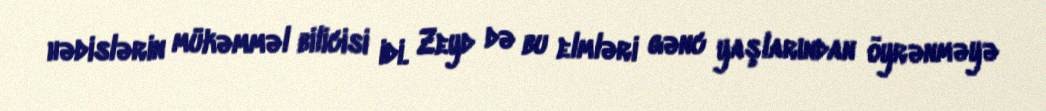
hədislərin mükəmməl bilicisi idi. Zeyd də bu elmləri gənc yaşlarından öyrənməyə